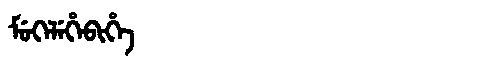
Manchu: ᠮᡠᡴᡝᠯᡝᡥᡝᠪᡳᡥᡝ
Romanization: MUKELEHEBIHE